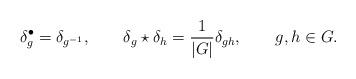
LaTeX: \begin{align*}\delta_g^{\bullet}=\delta_{g^{-1}},\quad\quad\delta_g\star\delta_h=\frac{1}{|G|}\delta_{gh},\qquad{g},h\in{G}.\end{align*}